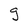
Character: g